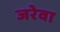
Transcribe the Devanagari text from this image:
जरेवा